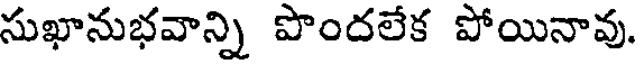
సుఖానుభవాన్ని పొందలేక పోయినావు.